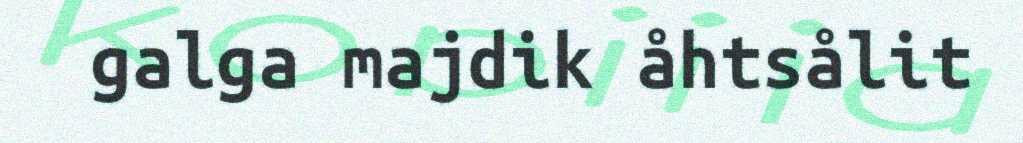
galga majdik åhtsålit